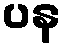
ပန